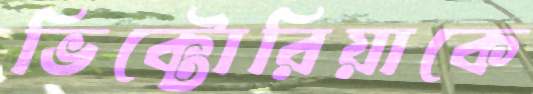
ভিক্টোরিয়াকে